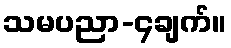
သမပညာ-၄ချက်။